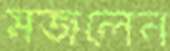
মজলেন